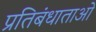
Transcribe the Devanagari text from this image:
प्रतिबंधाताओ